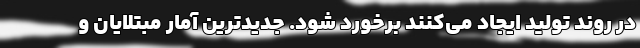
در روند تولید ایجاد می‌کنند برخورد شود. جدیدترین آمار مبتلایان و